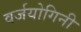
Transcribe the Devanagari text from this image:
वर्जयोगिनी